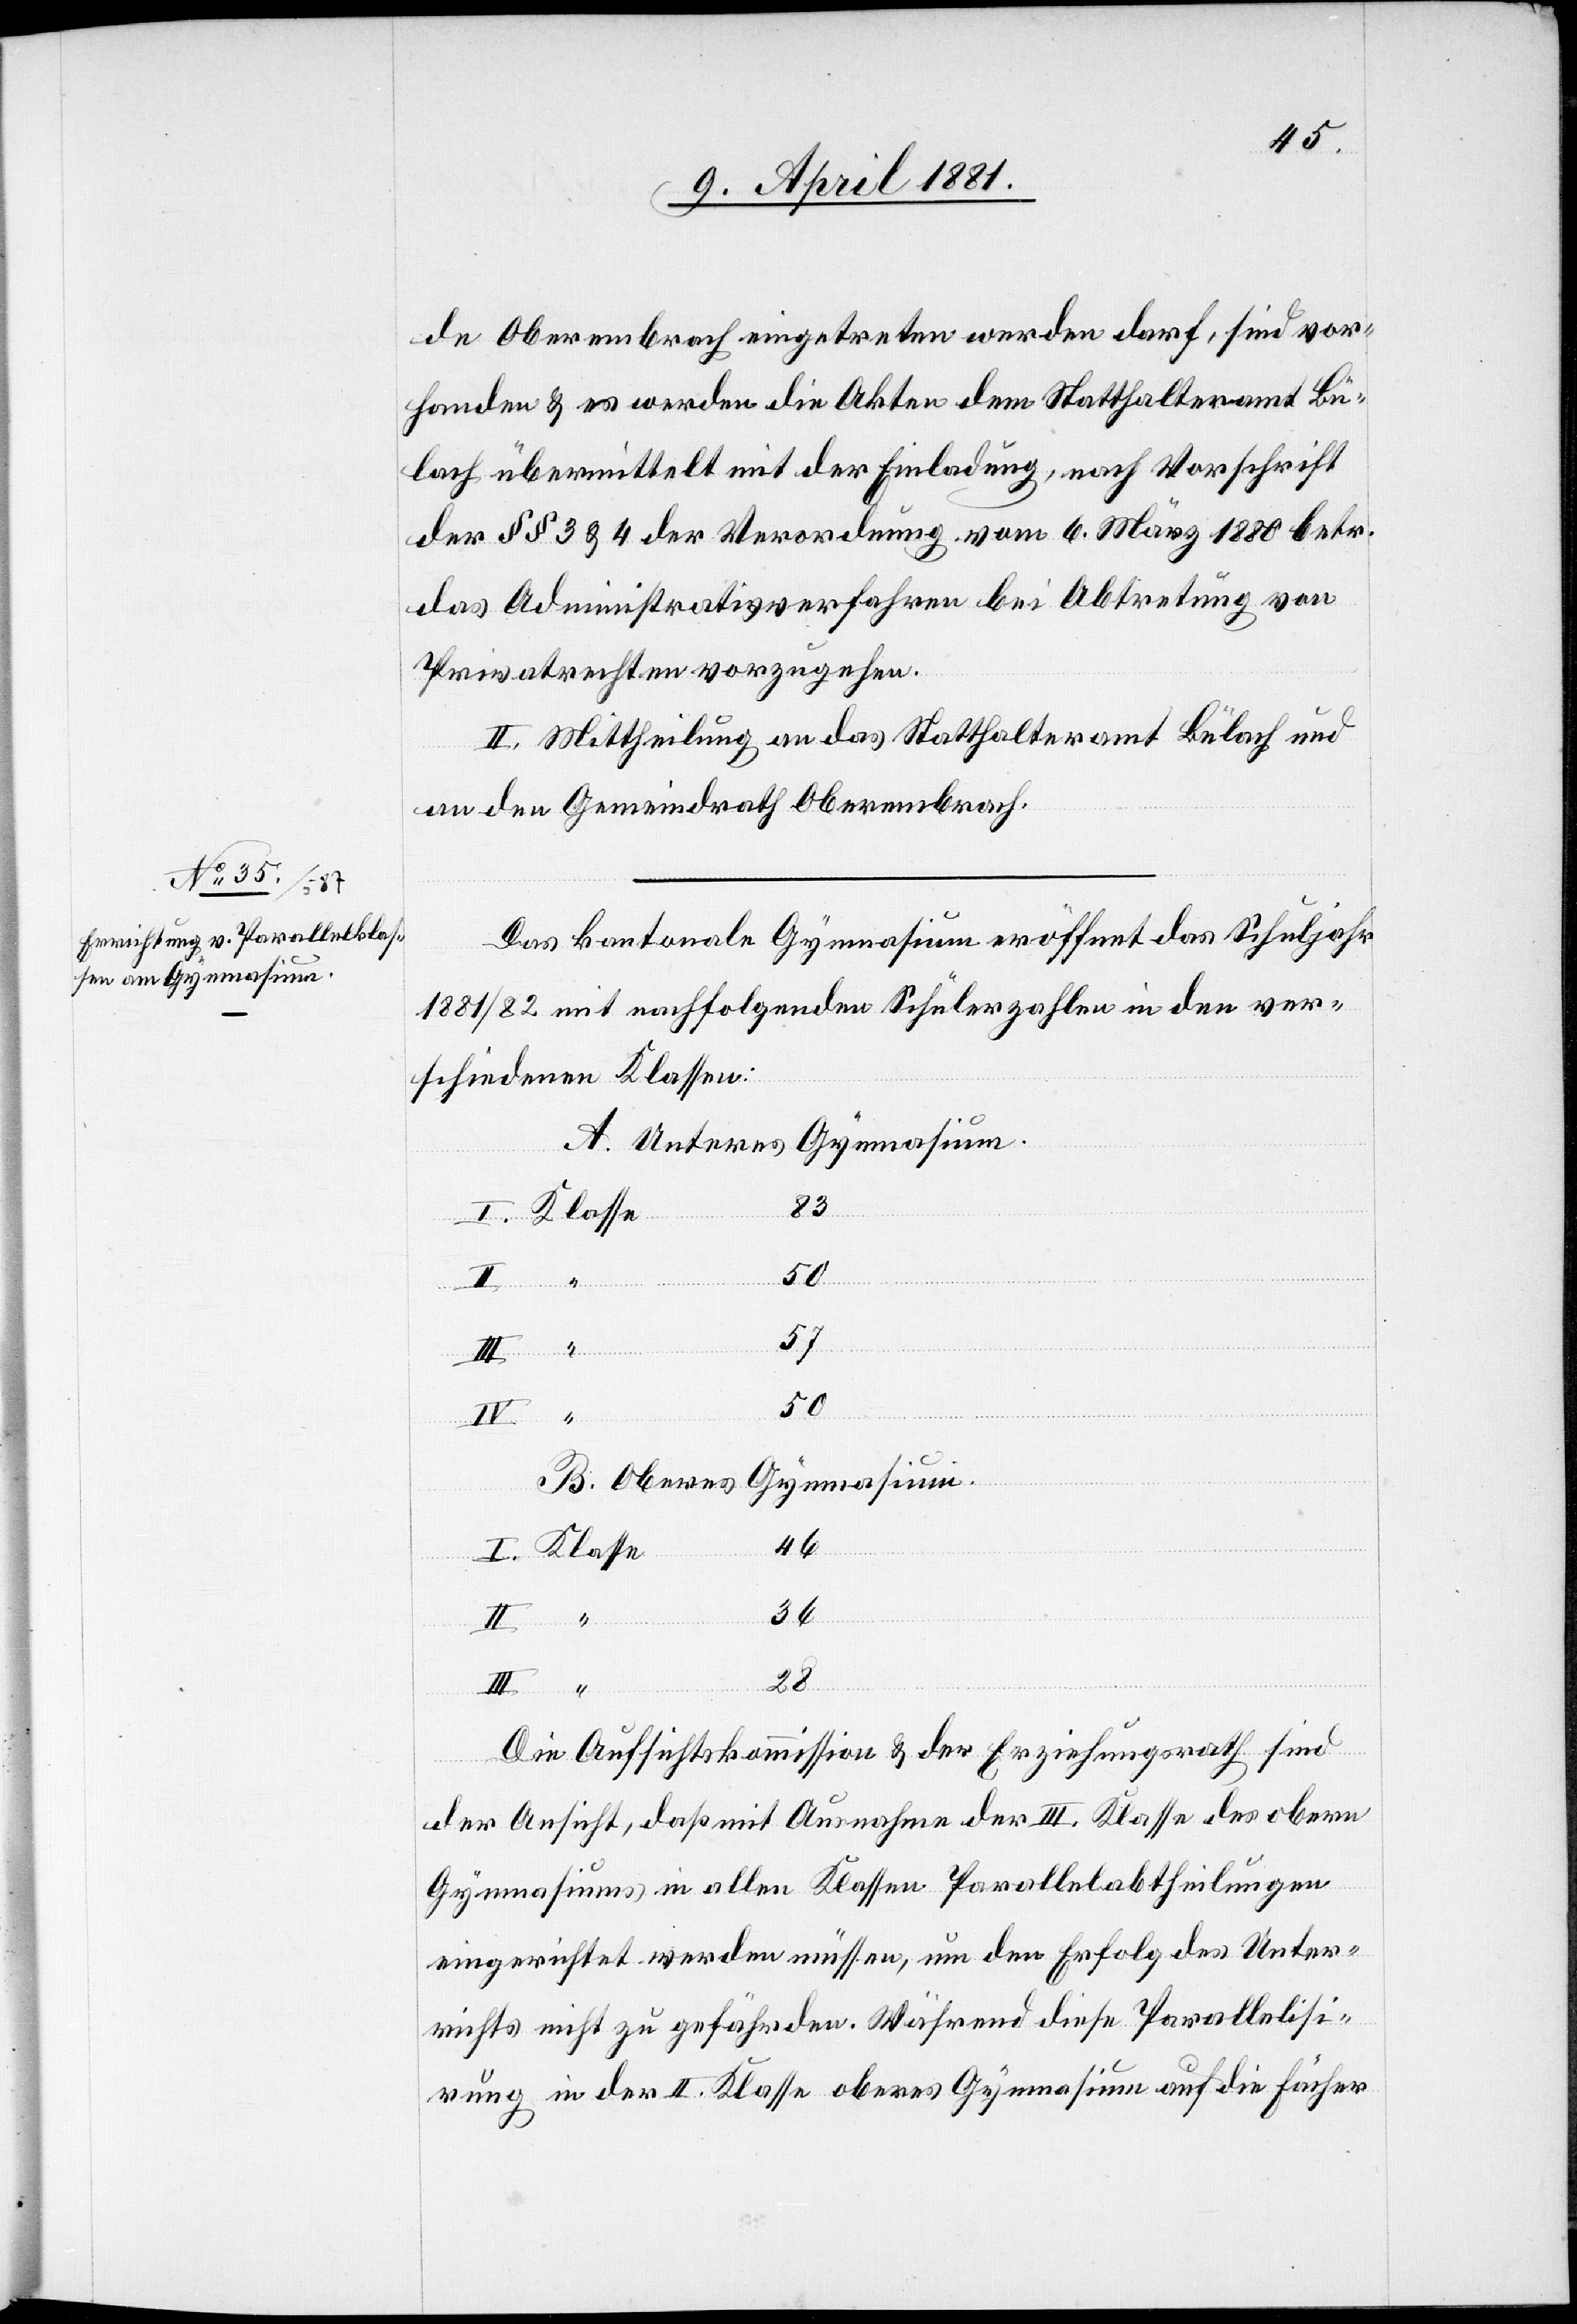
Oberembrach eingetreten werden darf, sind vor¬
handen & es werden die Akten dem Statthalteramt Bü¬
lach übermittelt mit der Einladung, nach Vorschrift
der §§ 3 & 4 der Verordnung vom 6. März 1880 betr.
das Administrativverfahren bei Abtretung von
Privatrechten vorzugehen.
II. Mittheilung an das Statthalteramt Bülach und
an den Gemeindrath Oberembrach.
Das kantonale Gymnasium eröffnet das Schuljahr
1881/82 mit nachfolgenden Schülerzahlen in den ver¬
schiedenen Klassen:
A. Unteres Gymnasium.
Klasse
36
50
57
50
II.
“
B. Oberes Gymnasium.
“
28
Die Aufsichtskommission & der Erziehungsrath sind
der Ansicht, daß mit Ausnahme der III. Klasse des obern
Gymnasiums in allen Klassen Parallelabtheilungen
eingerichtet werden müssen, um den Erfolg des Unter¬
richts nicht zu gefährden. Während diese Parallelisi¬
rung in der II. Klasse oberes Gymnasium auf die Fächer